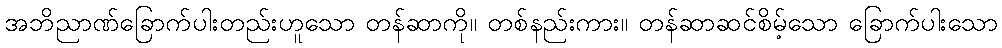
အဘိညာဏ်ခြောက်ပါးတည်းဟူသော တန်ဆာကို။ တစ်နည်းကား။ တန်ဆာဆင်စိမ့်သော ခြောက်ပါးသော